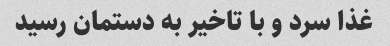
غذا سرد و با تاخیر به دستمان رسید